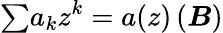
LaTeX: {\textstyle\sum}a_{k}z^{k}=a(z)\, (\boldsymbol{B})